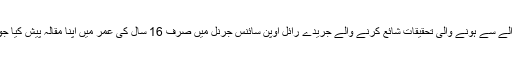
محمد شہیر نیازی نے سائنس، انجنیئرنگ اور ریاضی کے حوالے سے ہونے والی تحقیقات شائع کرنے والے جریدے رائل اوپن سائنس جرنل میں صرف 16 سال کی عمر میں اپنا مقالہ پیش کیا جو شائع بھی ہوگیا اور دنیا بھر کے سائنسدانوں کو حیران کرگیا۔